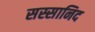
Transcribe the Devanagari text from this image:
सस्सानिद